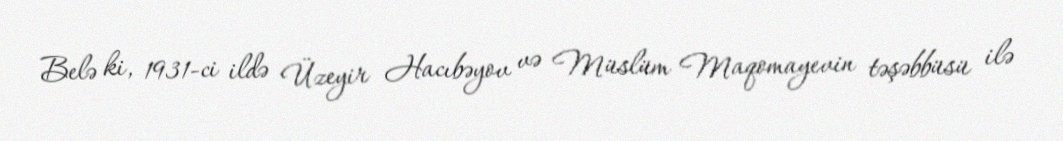
Belə ki, 1931-ci ildə Üzeyir Hacıbəyov və Müslüm Maqomayevin təşəbbüsü ilə